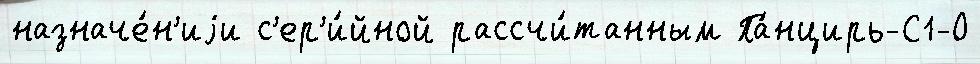
назначе́н'иjи с'ер'и́йной рассчи́танным Па́нцирь-С1-О